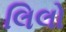
લિલો